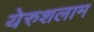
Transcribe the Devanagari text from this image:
येरुशलाम